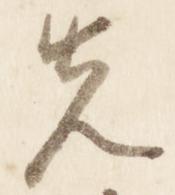
先